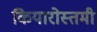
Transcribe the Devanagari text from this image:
कियारोस्तमी